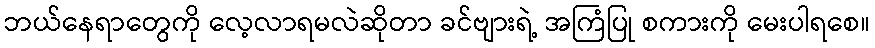
ဘယ်နေရာတွေကို လေ့လာရမလဲဆိုတာ ခင်ဗျားရဲ့ အကြံပြု စကားကို မေးပါရစေ။